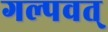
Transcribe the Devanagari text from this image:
गल्पवत्